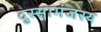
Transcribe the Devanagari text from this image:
दुस्सामंजस्य